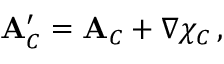
{ \bf A } _ { C } ^ { \prime } = { \bf A } _ { C } + \nabla \chi _ { C } \, ,